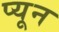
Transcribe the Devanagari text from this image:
प्यून